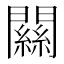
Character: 𨶹